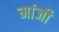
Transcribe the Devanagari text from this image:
मांजी